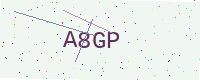
Text: A8GP